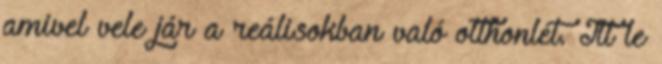
amivel vele jár a reálisokban való otthonlét. Itt le